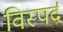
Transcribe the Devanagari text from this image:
विस्पर्द